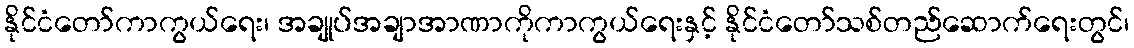
နိုင်ငံတော်ကာကွယ်ရေး၊ အချုပ်အချာအာဏာကိုကာကွယ်ရေးနှင့် နိုင်ငံတော်သစ်တည်ဆောက်ရေးတွင်၊